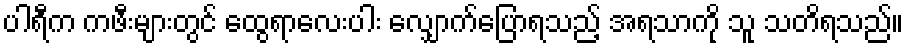
ပါရီက ကဖီးများတွင် ထွေရာလေးပါး လျှောက်ပြောရသည့် အရသာကို သူ သတိရသည်။